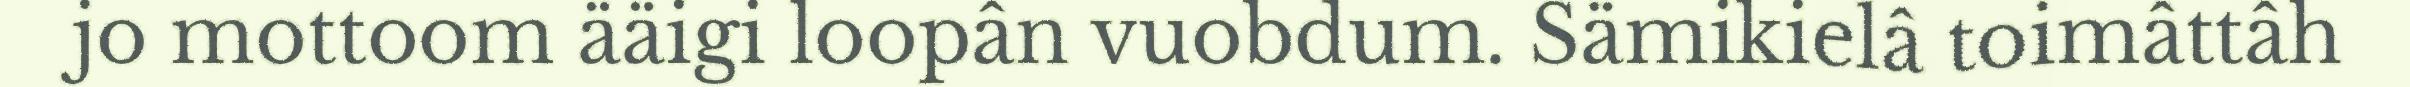
jo mottoom ääigi loopân vuobdum. Sämikielâ toimâttâh